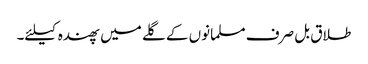
طلاق بل صرف مسلمانوں کے گلے میں پھندہ کیلئے۔